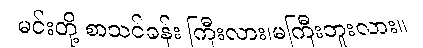
မင်းတို့ စာသင်ခန်း ကြီးလား၊မကြီးဘူးလား။